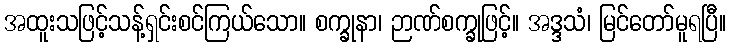
အထူးသဖြင့်သန့်ရှင်းစင်ကြယ်သော။ စက္ခုနာ၊ ဉာဏ်စက္ခုဖြင့်။ အဒ္ဒသံ၊ မြင်တော်မူရပြီ။